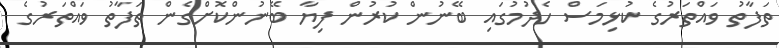
ތަފާތު ވައްތަރުގެ ކުޅިމަސް ހެދުމުގައި ބޭނުން ކުރުން ފިޔާ ބޭނުންކޮށްގެން ތަފާތު ވައްތަރުގެ